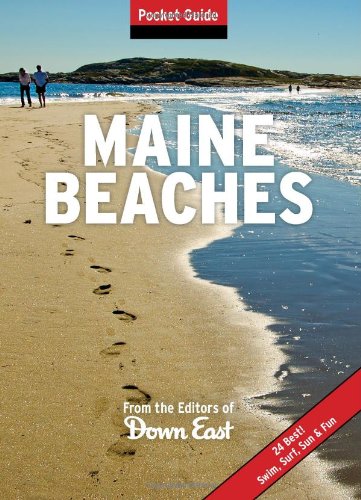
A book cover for Maine Beaches: Pocket Guide; Publishers of Down East; Travel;